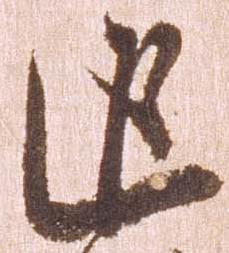
追